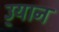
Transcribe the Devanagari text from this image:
उ्यान